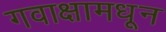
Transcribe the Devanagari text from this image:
गवाक्षामधून